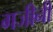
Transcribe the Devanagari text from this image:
गजीनी